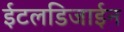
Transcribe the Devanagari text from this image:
ईटलडिजाईन